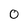
Character: O